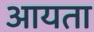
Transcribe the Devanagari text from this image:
आयता